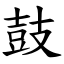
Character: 鼓